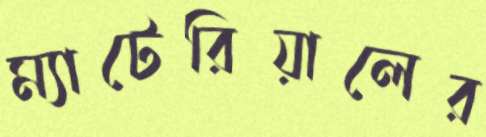
ম্যাটেরিয়ালের